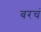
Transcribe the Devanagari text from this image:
बरचं